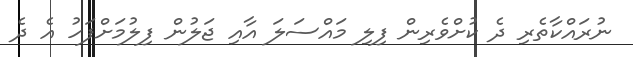
ނުރައްކާތެރި ދެ ކުށްވެރިން ފިލި މައްސަލަ އާއި ޖަލުން ފިލުމަށްފަހު އެ ދެ